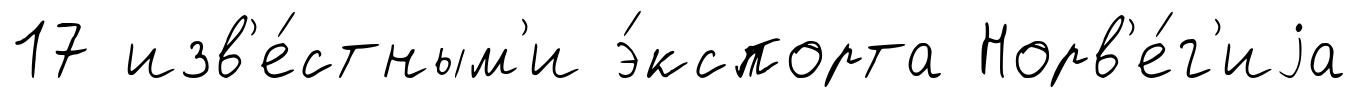
17 изв'е́стным'и э́кспорта Норв'е́г'иjа